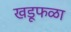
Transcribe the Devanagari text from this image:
खडूफळा